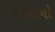
કોઈકનો